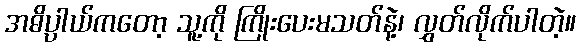
အဓိပ္ပာယ်ကတော့ သူ့ကို ကြိုးပေးမသတ်နဲ့၊ လွှတ်လိုက်ပါတဲ့။